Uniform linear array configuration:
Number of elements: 8
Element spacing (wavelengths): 0.5
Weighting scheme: hamming
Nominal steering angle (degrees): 0
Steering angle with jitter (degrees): -0.1773
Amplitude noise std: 0.05
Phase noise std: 0.05

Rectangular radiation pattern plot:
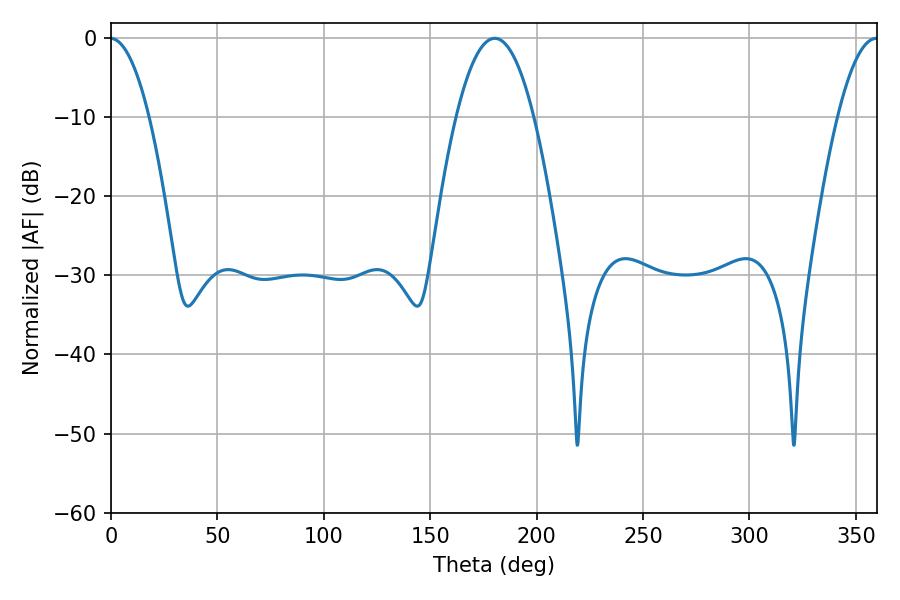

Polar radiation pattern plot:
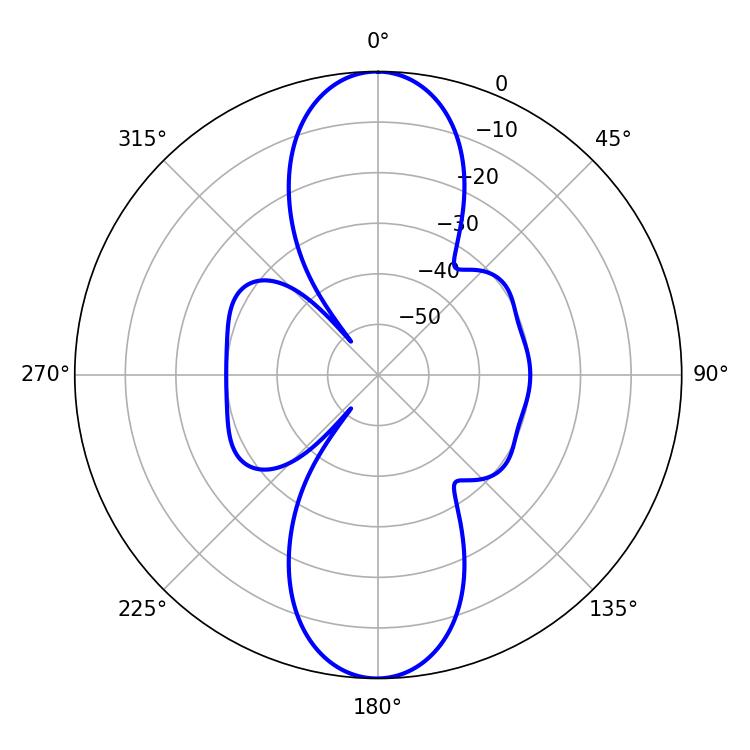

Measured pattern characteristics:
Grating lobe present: FALSE
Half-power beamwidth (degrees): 20.16
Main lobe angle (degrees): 180.36